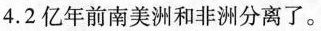
4.2亿年前南美洲和非洲分离了。